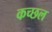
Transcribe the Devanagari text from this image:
कच्छल